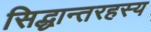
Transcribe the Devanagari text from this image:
सिद्धान्तरहस्य